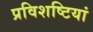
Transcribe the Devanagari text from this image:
प्रविशष्टियां